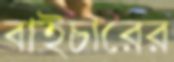
বাইচারের